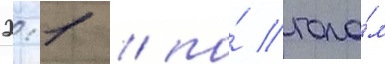
2:1 / по́ гола́м